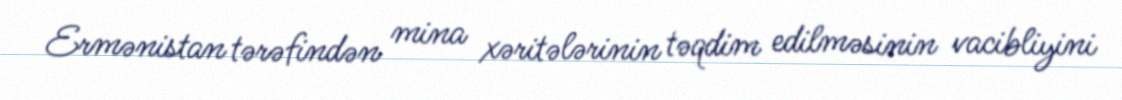
Ermənistan tərəfindən mina xəritələrinin təqdim edilməsinin vacibliyini